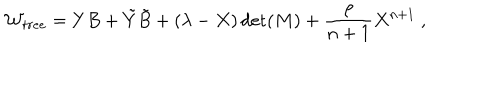
{ \cal W } _ { t r e e } = Y B + { \tilde { Y } } { \tilde { B } } + ( \lambda - X ) \det ( M ) + { \frac { \rho } { n + 1 } } X ^ { n + 1 } ~ ,